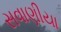
સવાણીયા